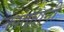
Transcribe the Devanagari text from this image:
कातप्तानी